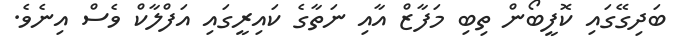
ބަދިގޭގައި ކޮފީބޯން ތިބި މަފާޒް އާއި ނަތާގެ ކައިރީގައި އަފްލާކް ވެސް އިނެވެ.